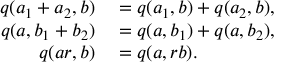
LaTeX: \begin{array} { r l } { q ( a _ { 1 } + a _ { 2 } , b ) } & { { } = q ( a _ { 1 } , b ) + q ( a _ { 2 } , b ) , } \\ { q ( a , b _ { 1 } + b _ { 2 } ) } & { { } = q ( a , b _ { 1 } ) + q ( a , b _ { 2 } ) , } \\ { q ( a r , b ) } & { { } = q ( a , r b ) . } \end{array}